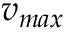
v _ { m a x }